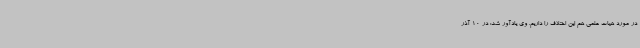
در مورد هیات علمی هم این اختلاف را داریم. وی یادآور شد: در 10 آذر